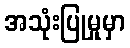
အသုံးပြုမှုမှာ